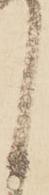
く